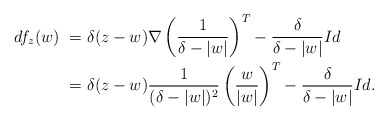
\begin{align*}df_{z}(w) &~ = \delta (z-w) \nabla\left(\frac{1}{\delta-|w|}\right)^{T} - \frac{\delta}{\delta -|w|} Id \crcr&~ = \delta (z-w) \frac{1}{(\delta - |w|)^{2}} \left(\frac{w}{|w|}\right)^{T} - \frac{\delta}{\delta -|w|} Id. \end{align*}